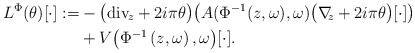
\begin{align*}\begin{aligned}L^\Phi(\theta)[\cdot]:=& -\big( {\rm div}_{\! z} + 2i\pi \theta \big)\big(A{( \Phi^{-1}(z,\omega),\omega)} {\big( \nabla_{\!\! z} + 2i\pi \theta \big)} [\cdot] \big)\\ &+V {\big(\Phi^{-1}\left(z,\omega\right),\omega\big)} [\cdot].\end{aligned}\end{align*}